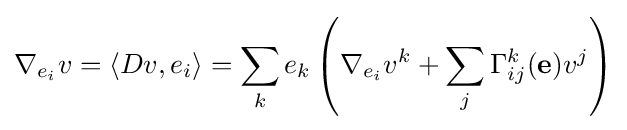
\nabla _{e_{i}}v=\langle Dv,e_{i}\rangle =\sum _{k}e_{k}\left(\nabla _{e_{i}}v^{k}+\sum _{j}\Gamma _{ij}^{k}(\mathbf {e} )v^{j}\right)